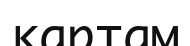
картам